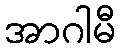
အာဂါမီ